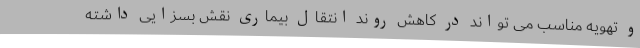
و تهویه مناسب می تواند در کاهش روند انتقال بیماری نقش بسزایی داشته